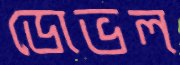
ডোভল